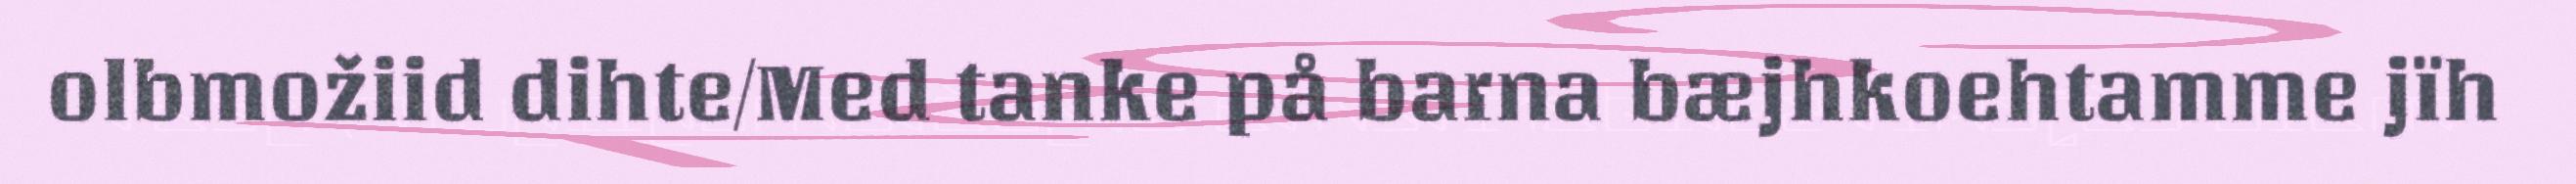
olbmožiid dihte/Med tanke på barna bæjhkoehtamme jïh